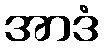
အာဒံ